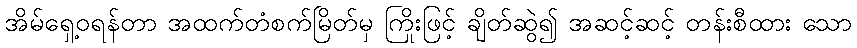
အိမ်ရှေ့ဝရန်တာ အထက်တံစက်မြိတ်မှ ကြိုးဖြင့် ချိတ်ဆွဲ၍ အဆင့်ဆင့် တန်းစီထား သော